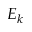
E _ { k }